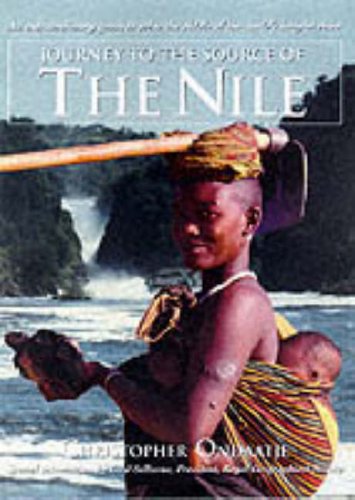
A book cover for Journey to the Source of the Nile : An Extraordinary Quest to Solve the Riddle of the World's Longest River; Christopher Ondaatje; Travel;